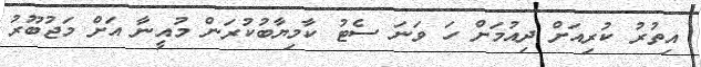
އިތުރު ކުރިއަށް ދިއުމަށް ހަ ވަނަ ސެޓު ކާމިޔާބުކުރަން މުއީނާ އަށް މަޖުބޫރު